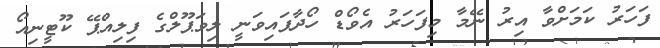
ފަހަރު ކަމަށްވާ އިރު ނޭމާ މިފަހަރު އެވޯޑް ހޯދާފައިވަނީ ލިވަޕޫލްގެ ފިލިއްޕޭ ކޫޓީނިއޯ